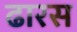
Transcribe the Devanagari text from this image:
ढारस